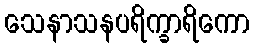
သေနာသနပရိက္ခာရိကော